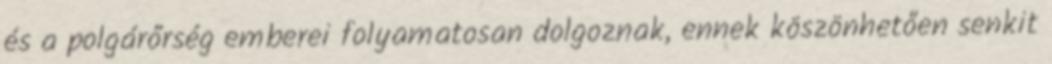
és a polgárőrség emberei folyamatosan dolgoznak, ennek köszönhetően senkit